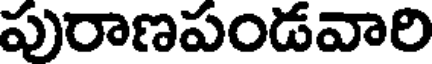
పురాణపండవారి